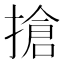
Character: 搶